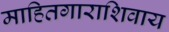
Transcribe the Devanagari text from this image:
माहितगाराशिवाय